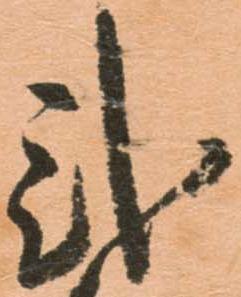
弐